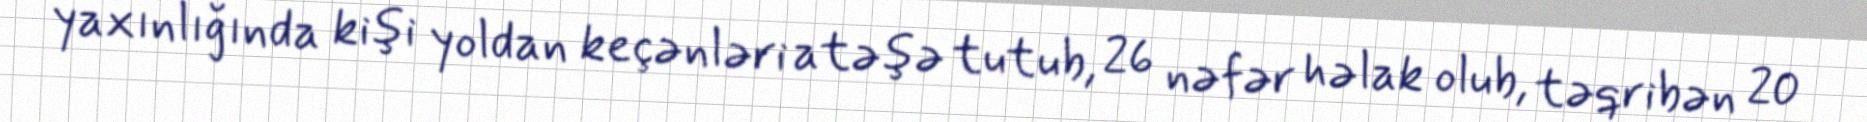
yaxınlığında kişi yoldan keçənləri atəşə tutub, 26 nəfər həlak olub, təqribən 20